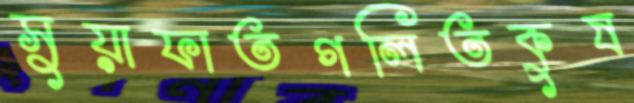
সুয়াফাতগলিতকুষ